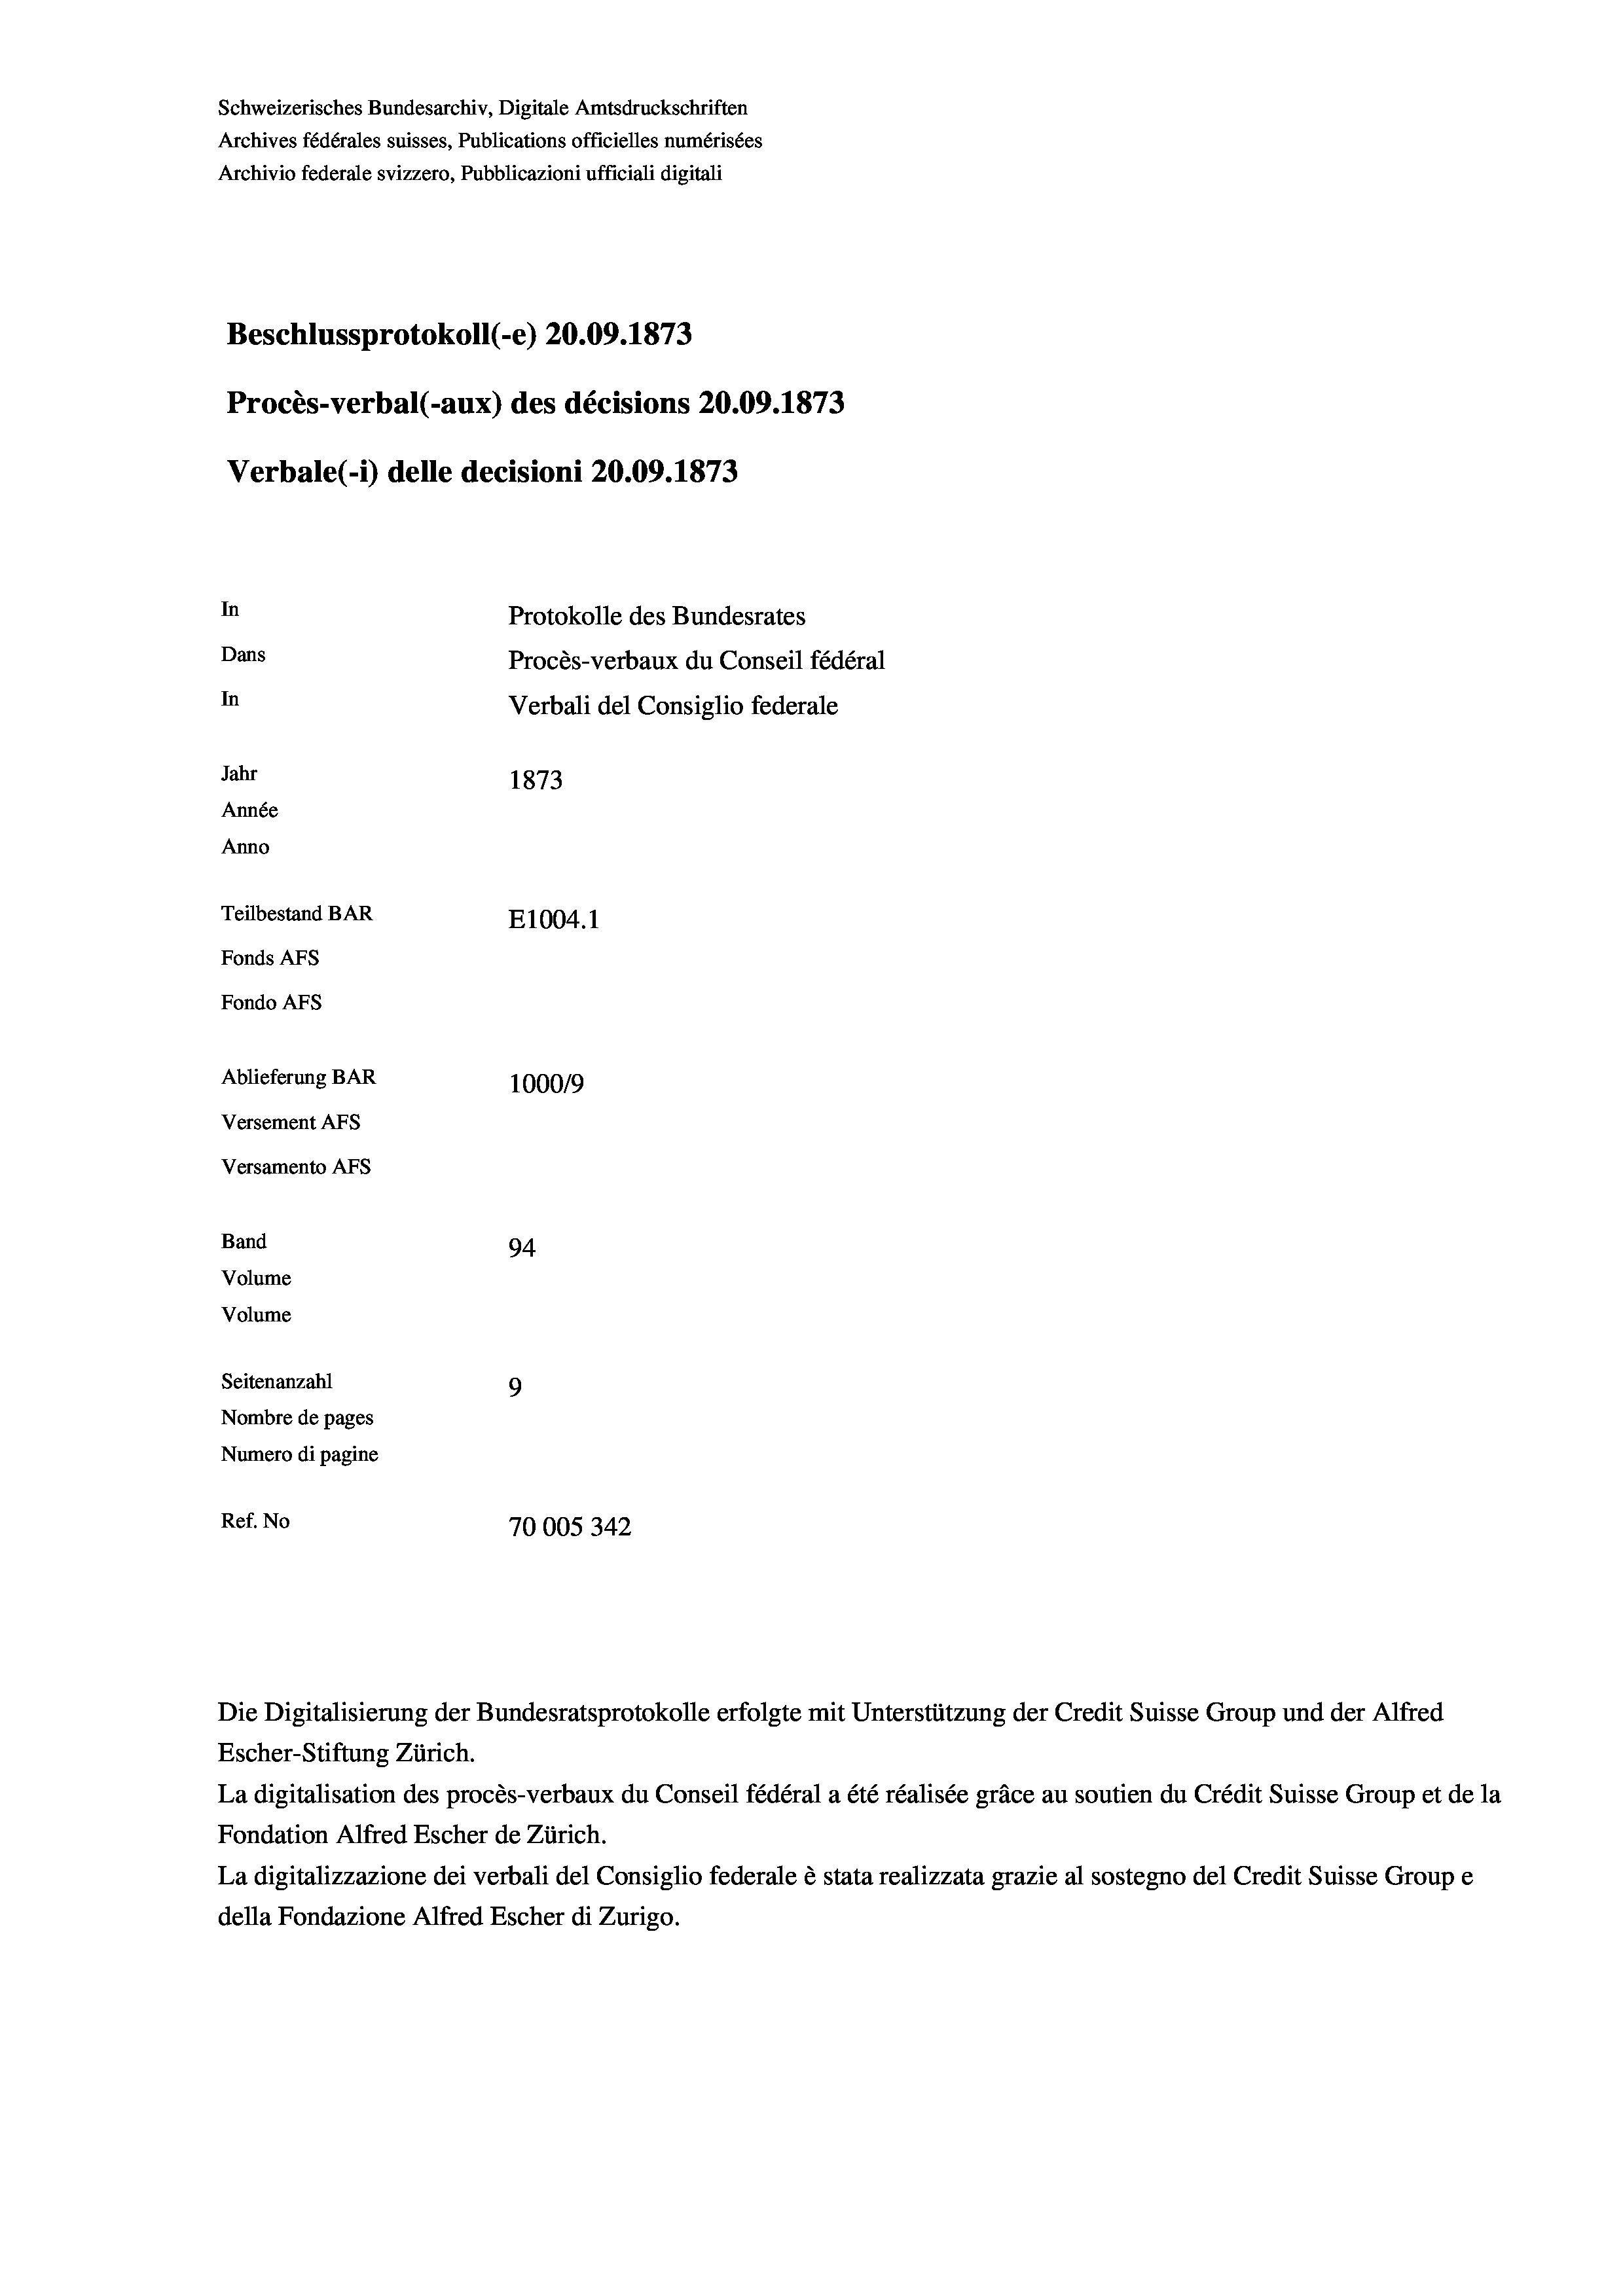
Schweizerisches Bundesarchiv, Digitale Amtsdruckschriften
Archives fédérales suisses, Publications officielles numérisées
Archivio federale svizzero, Pubblicazioni ufficiali digitali
Beschlussprotokoll (-e) 20.09. 1873
Procès-verbal (-aux) des décisions 20.09. 1873
Verbale(-*) delle decisioni 20.09. 1873
In
Protokolle des Bundesrates
Dans
Procès-verbaux du Conseil fédéral
In
Verbali del Consiglio federale
Jahr
1873
Année
Anno
Teilbestand BAR
E1004.1
Fonds Afs
Fondo AFs
Ablieferung BAR
100019
Versement Abs
Versamento Afs
Band
94
Volume
Volume
9
Seitenanzahl
Nombre de pages
Numero di pagine
Ref. No
70005 342

Escher-Stiftung Zürich.
La digitalisation des procès-verbaux du Conseil fédéral a été réalisée gräce au soutien du Crédit Suisse Group et de la
Fondation Alfred Escher de Zürich.
La digitalizzazione dei verbali del Consiglio federale è stata realizzata grazie al sostegno del Credit Suisse Groupe
della Fondazione Alfred Escher di Zurigo.

Die Digitalisierung der Bundesratsprotokolle erfolgte mit Unterstützung der Credit Suisse Group und der Alfred